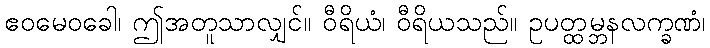
ဧဝမေဝခေါ၊ ဤအတူသာလျှင်။ ဝီရိယံ၊ ဝီရိယသည်။ ဥပတ္ထမ္ဘနလက္ခဏံ၊